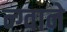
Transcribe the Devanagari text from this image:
न्ग्वाने